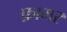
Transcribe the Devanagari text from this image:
फ़ामर